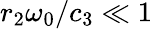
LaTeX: r_{2}\omega_{0}/c_{3}\ll 1